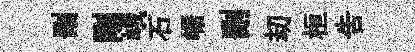
删剛峨石崌删刧桓告